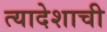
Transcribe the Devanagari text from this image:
त्यादेशाची